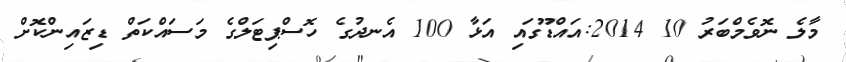
މާލެ ނޮވެމްބަރު 10 2014:އައްޑޫގައި އަޅާ 100 އެނދުގެ ހޮސްޕިޓަލްގެ މަސައްކަތް ޑިޒައިންކޮށް